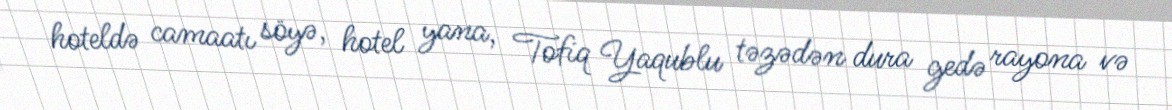
hoteldə camaatı söyə, hotel yana, Tofiq Yaqublu təzədən dura gedə rayona və